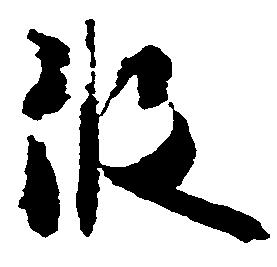
彼